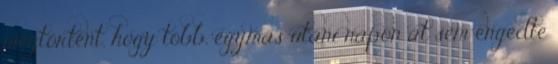
megtörtént, hogy több, egymás utáni napon át sem engedte